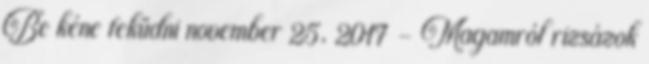
Be kéne feküdni november 25, 2017 - Magamról rizsázok